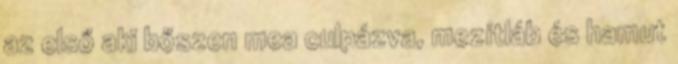
az első aki bőszen mea culpázva, mezítláb és hamut